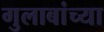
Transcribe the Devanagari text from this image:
गुलाबांच्या